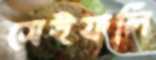
সেইফলি